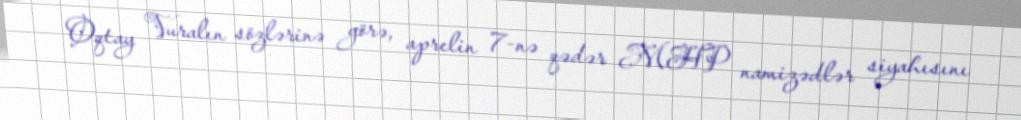
Oqtay Vuralın sözlərinə görə, aprelin 7-nə qədər MHP namizədlər siyahısını